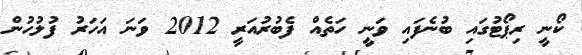
ކޯނީ ރިޕޯޓުގައި ބުނެފައި ވަނީ ހަތެއް ފެބުރުއަރީ 2012 ވަނަ އަހަރު ފުލުހުން